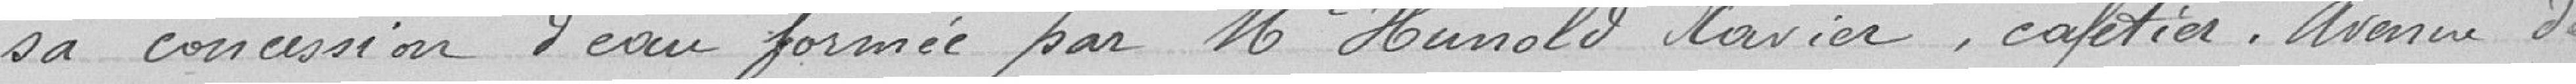
sa concession d'eau formée par MR Hunold Xavier, cafetier, Avenue de